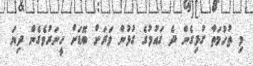
މި ތުހުމަތާ ގުޅިގެން ދެ ގައުމުގެ ގުޅުން ވަރަށް ބޮޑަށް ހީނަރުވެގެން ދިޔަ